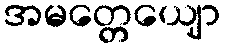
အမတ္တေယျော